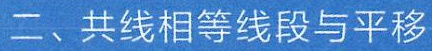
二、共线相等线段与平移